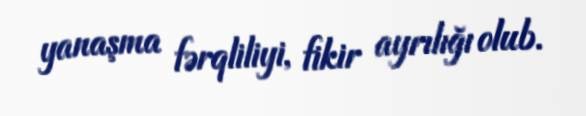
yanaşma fərqliliyi, fikir ayrılığı olub.